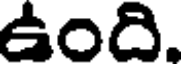
ఉంది.